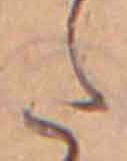
た